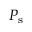
P _ { \mathrm { s } }